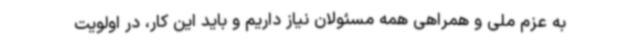
به عزم ملی و همراهی همه مسئولان نیاز داریم و باید این کار، در اولویت